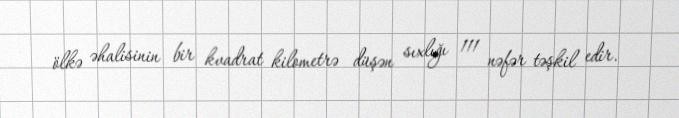
ölkə əhalisinin bir kvadrat kilometrə düşən sıxlığı 111 nəfər təşkil edir.